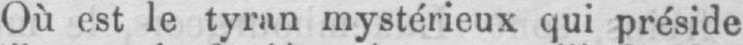
Où est le tyran mystérieux qui préside